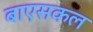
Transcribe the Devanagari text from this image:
बाएसकल